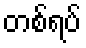
တစ်ရပ်